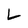
Character: L